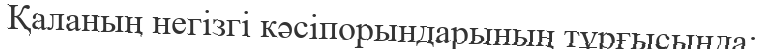
Қаланың негізгі кәсіпорындарының тұрғысында: